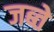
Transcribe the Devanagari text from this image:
जब्ते